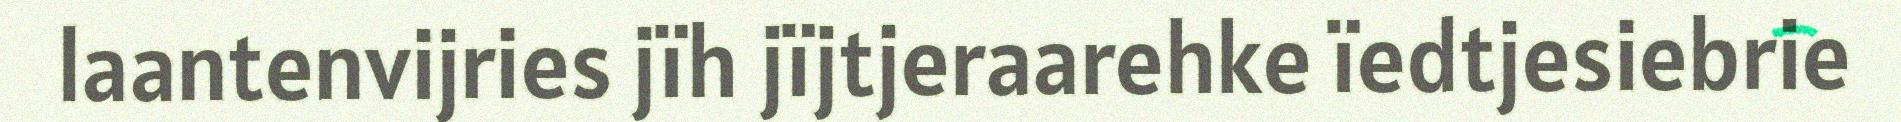
laantenvijries jïh jïjtjeraarehke ïedtjesiebrie